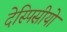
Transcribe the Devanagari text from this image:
देस्पिसीयो